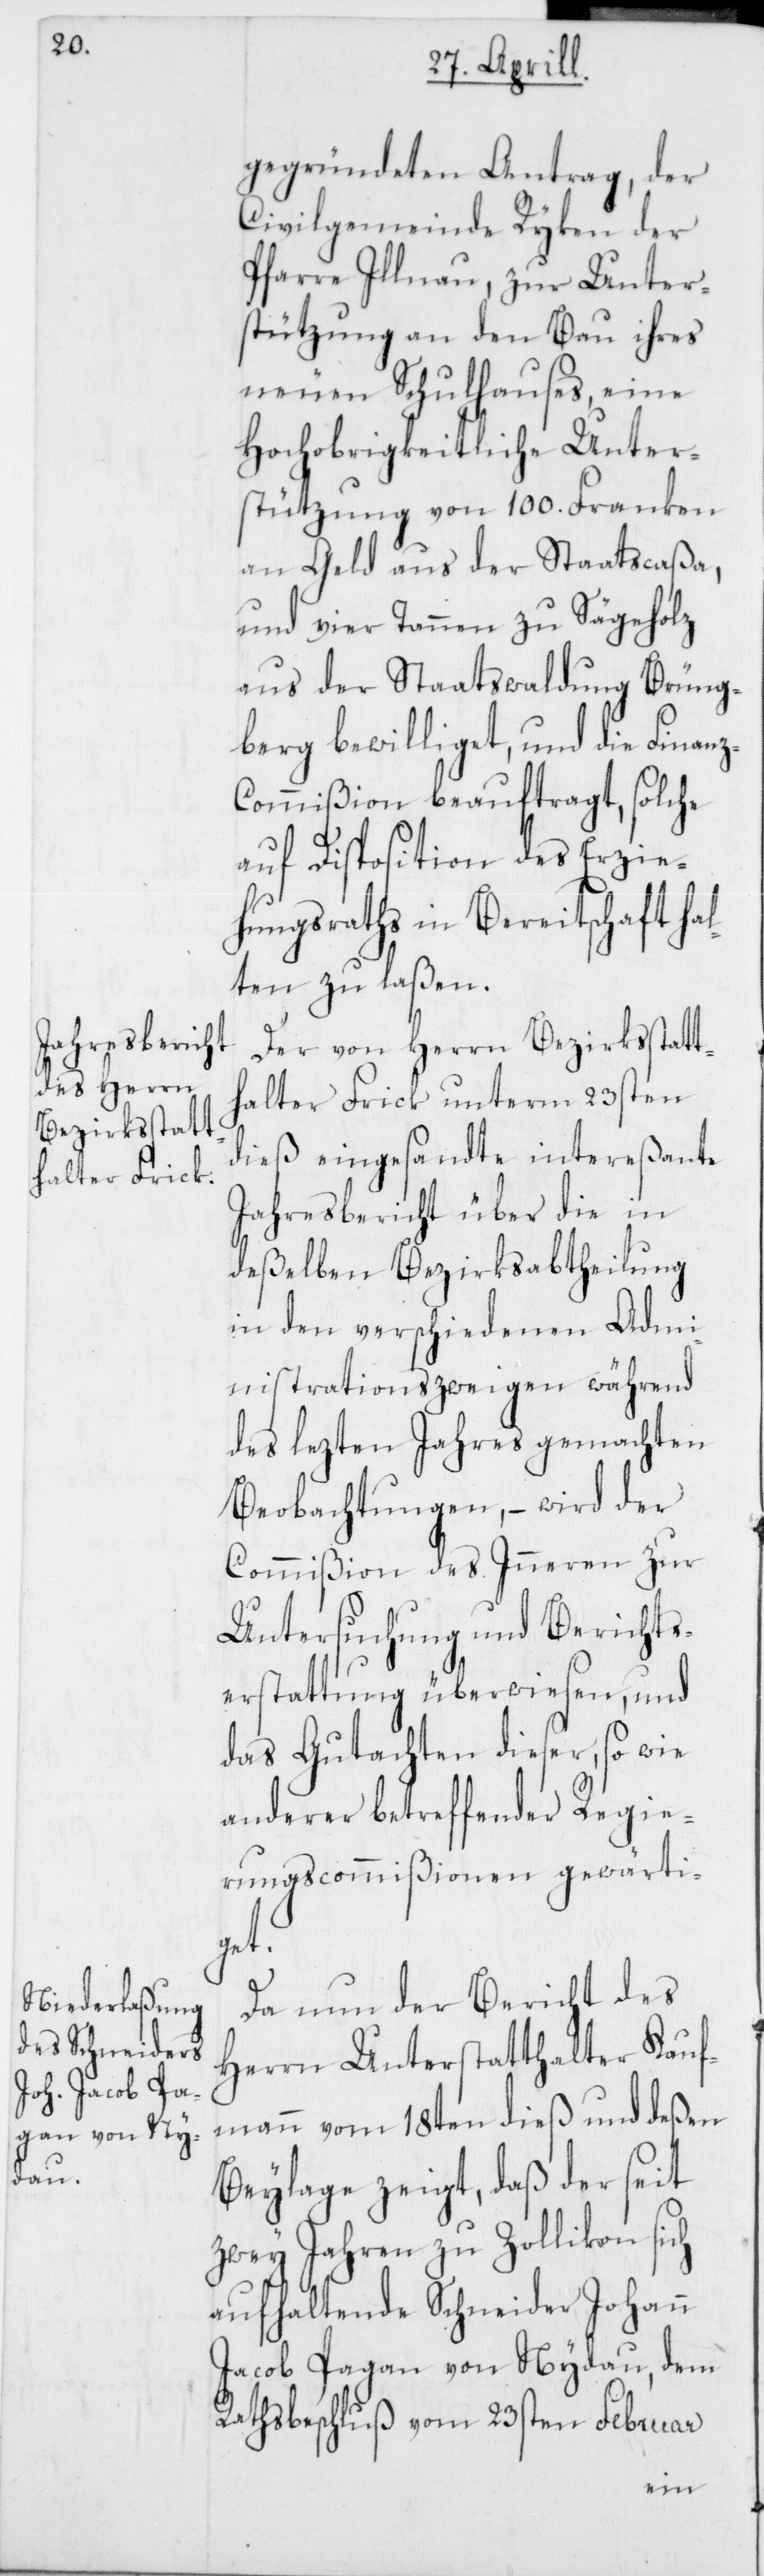
gegründeten Antrag, der
Civilgemeinde Ryken der
Pfarre Illnau, zur Unter¬
stützung an den Bau ihres
neuen Schulhauses, eine
Hochobrigkeitliche Unter¬
stützung von 100. Franken
an Geld aus der Staatscaßa,
und vier Tannen zu Sägeholz
aus der Staatswaldung Brüng¬
berg bewilliget, und die Finan¬
ommißion beauftragt, solche
auf Disposition des Erzie¬
hungsrathes in Bereitschaft hal¬
ten zu laßen.
Der von Herrn Bezirksstatt¬
halter Frick unterm 23sten
dieß eingesandte intereßante
Jahresbericht über die in
deßelben Bezirksabtheilung
in den verschiedenen Admi¬
nistrationszweigen während
des lezten Jahres gemachten
Beobachtungen, – wird der
Commißion des Inneren zur
Untersuchung und Berichts¬
erstattung überwiesen, und
das Gutachten dieser, so wie
anderer betreffender Regie¬
rungscommißionen gewärti¬
get.
Da nun der Bericht des
Herrn Unterstatthalter Kauf¬
mann vom 18ten dieß und deßen
Beylage zeigt, daß der seit
zwey Jahren zu Zollikon sich
aufhaltende Schneider Johann
Jacob Pagan von Nydau, dem
Rathsbeschluß vom 23sten Februar